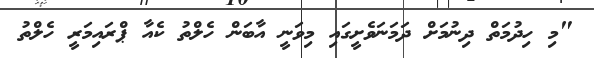
"މި ހިދުމަތް ދިނުމަށް ދަމަނަވެށީގައި މިވަނީ އާބަން ހެލްތު ކެއާ ޕްރައިމަރީ ހެލްތު